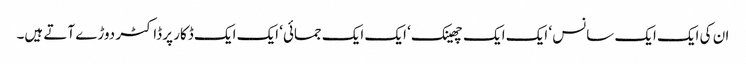
ان کی ایک ایک سانس ‘ ایک ایک چھینک ‘ ایک ایک جمائی‘ ایک ایک ڈکار پر ڈاکٹر دوڑے آتے ہیں۔